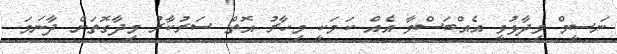
ނަސީމް ވިދާޅުވީ އެއްބަސްވާ އެއް ކަމަކީ މިހާރު އޮތް ސަރުކާރު މިދާގޮތަށް ދާނަމަ